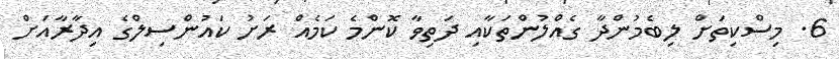
6. މިސްކިތަށް ލިބެމުންދާ ގެއްލުންތަކާއި ދަތިވާ ކޮންމެ ކަމެއް ރަށު ކައުންސިލްގެ އިދާރާއަށް